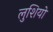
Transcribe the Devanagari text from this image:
लुशियो